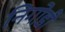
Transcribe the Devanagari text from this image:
निगोडी